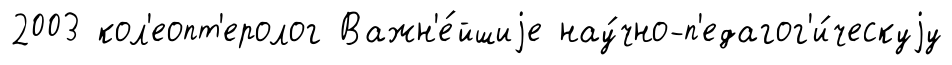
2003 кол'еопт'еролог Важн'е́йшиjе нау́чно-п'едагог'и́ческуjу